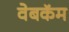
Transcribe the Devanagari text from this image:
वेबकॅम